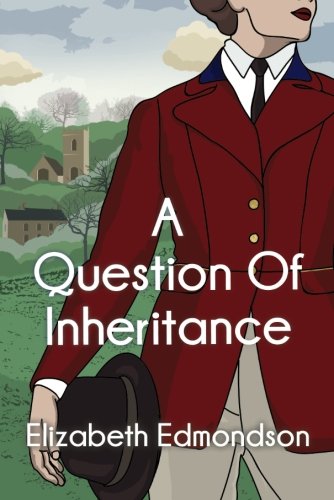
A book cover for A Question of Inheritance (A Very English Mystery); Elizabeth Edmondson; Mystery, Thriller & Suspense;